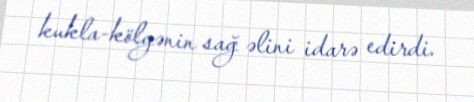
kukla-kölgənin sağ əlini idarə edirdi.